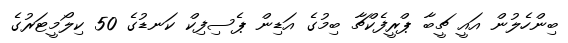
ބިންހެލުން އައީ ޗީބާ ޕްރީފެކްޗާ ބިމުގެ އަޑިން ޕެސިފިކް ކަނޑުގެ 50 ކިލޯމީޓަރުގެ